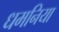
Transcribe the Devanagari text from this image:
धमनिया